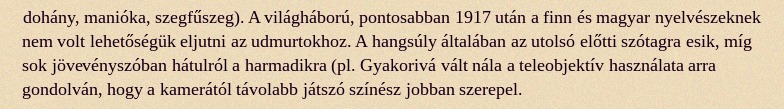
dohány, manióka, szegfűszeg). A világháború, pontosabban 1917 után a finn és magyar nyelvészeknek nem volt lehetőségük eljutni az udmurtokhoz. A hangsúly általában az utolsó előtti szótagra esik, míg sok jövevényszóban hátulról a harmadikra (pl. Gyakorivá vált nála a teleobjektív használata arra gondolván, hogy a kamerától távolabb játszó színész jobban szerepel.